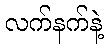
လက်နက်နဲ့